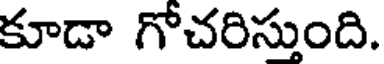
కూడా గోచరిస్తుంది.